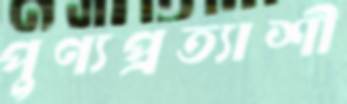
পুণ্যপ্রত্যাশী